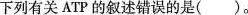
下列有关ATP的叙述错误的是()。